Magi,_Artur, lk 29
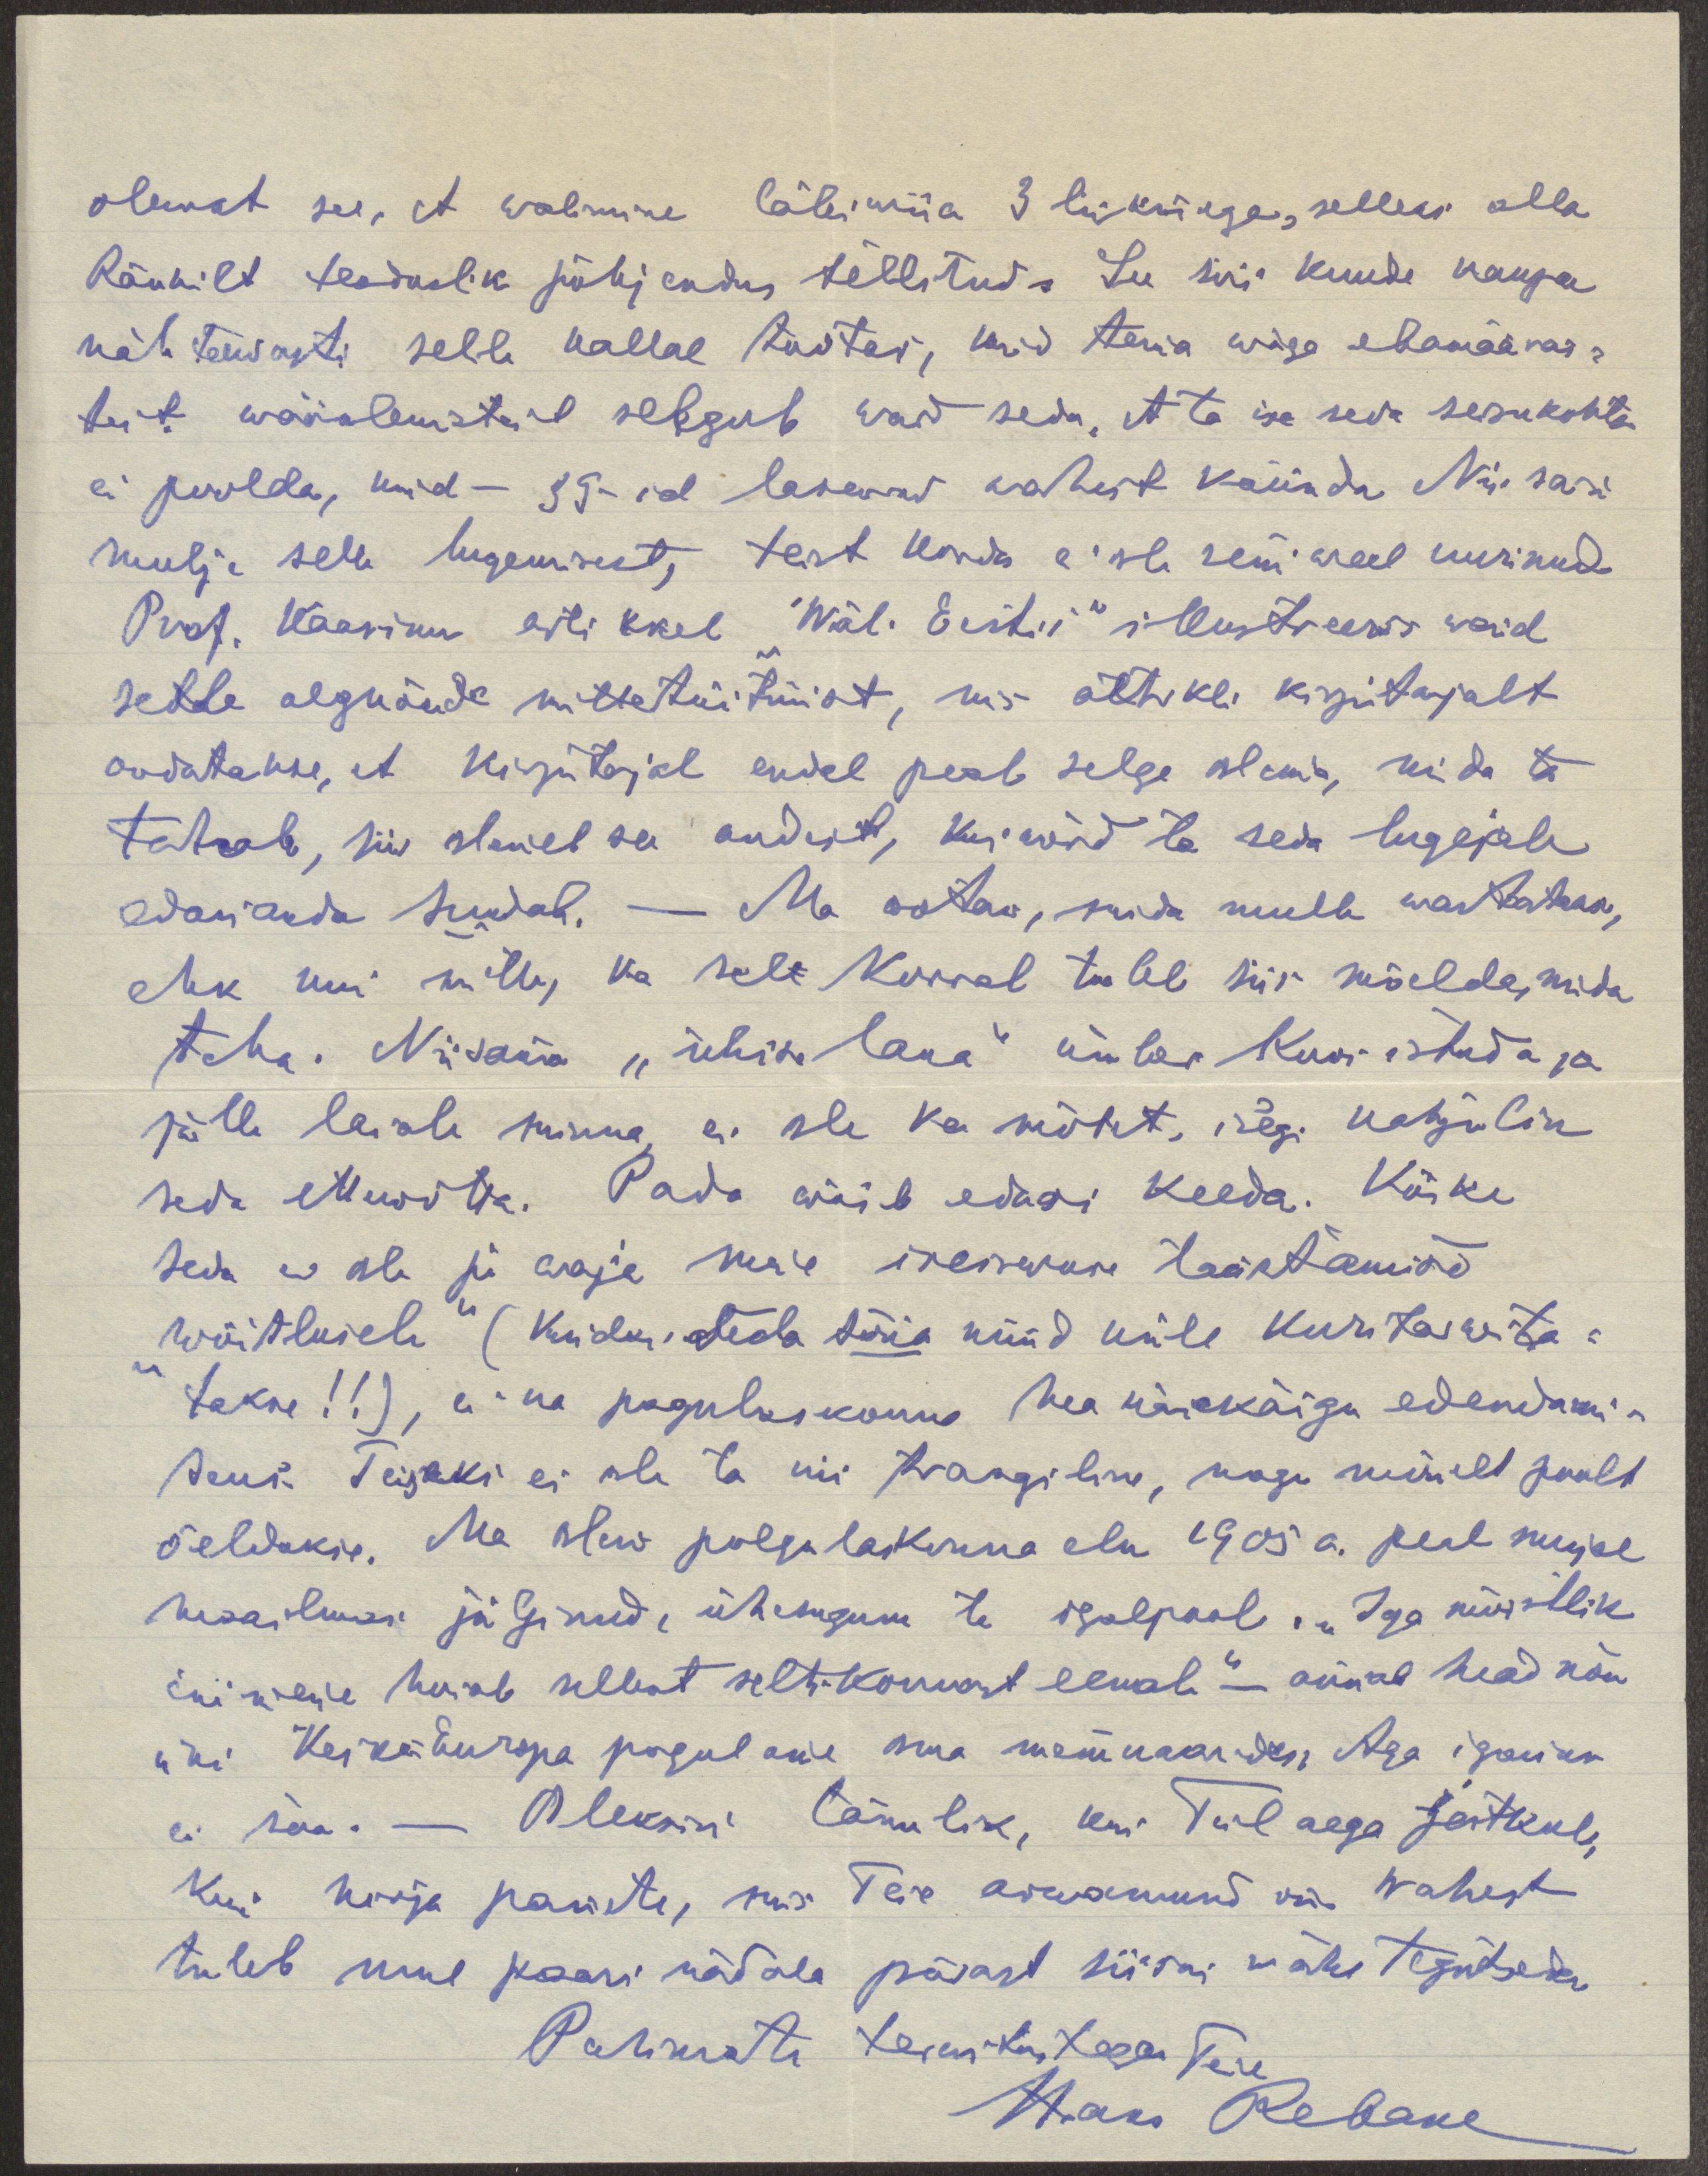
olewat see, et walimine läbi wiia 3 liikmega, selleks olla
Ränkilt teaduslik põhjendus tellitud. See siis kuude kaupa
nähtawasti selle kallal töötas, kuid tema wäga ebamääras-
test wäänlestest selgub waid seda, et ta ise seda seisukohta
ei poolda, kuid - 39-id lasewad wahest käsuda. Nii sain
mulje selle lugemist, teist korda ei ole seni weel uurinud
Prof. Kaasiku artikel "Wäli Eesti´s" illustreeris waid
sedda algnõude mittetäitmist, mis artikli kirjutajalt
oodatakse, et kirjutajal endal peab selge olema, mida ta
tahab, siin oleneb see andest, kuiwõrd ta seda lugejale
edasianda suudab. - Ma ootan, mida mulle wastatakse,
ehk kui mitte, ka sell korral tuleb siis mõelda, mida
teha. Niisama "ühise laua" ümber koos istuda ja
jälle laiale minna, ei ole ka mõtet, isegi kahjulik
seda ettewõtta. Pada wõib edasi keeda. Kõike
seda ei ole ju waja meie iseiswuse taastamise
"wõitlusele" (kuidas teda täna nüüd küll kuritarwita-
takse!!) e. nn pagulaskonna hea käekäigu edendami-
seni. Teiseks ei ole ta nii traagiline, nagu mõnelt poolt
öeldakse. Ma olen palgulaskonna elu 1905 a. peal mujal
maailmas jälginud, ühesugune ta igalpool. „Iga mõistlik
inimene hoiab sellest seltskonnast eemale" - annab head nõu
üks  Kesk-Europa pagulane oma memuaarides. Aga igaüks
ei saa. - Oleksin tänulik, kui Teil aega jatkub,
kui kirja panete, mis Teie arwamused on. Wahest
tuleb mul paari nädala pärast siiski wähe tegutseda.
Parimate terwitustega Teie
Hans Rebane